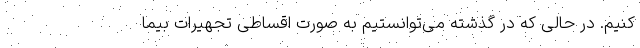
کنیم. در حالی که در گذشته می‌توانستیم به صورت اقساطی تجهیرات بیما